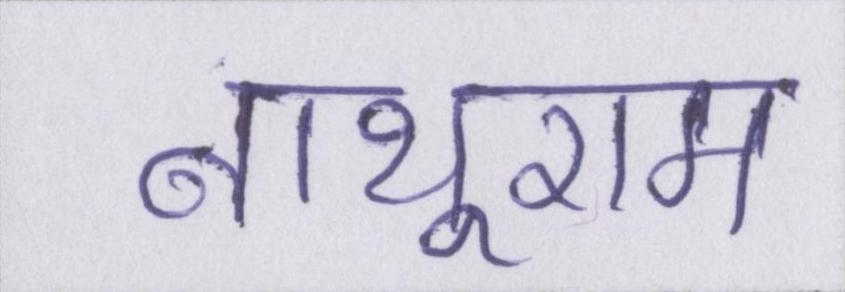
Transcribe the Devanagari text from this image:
नाथूराम